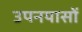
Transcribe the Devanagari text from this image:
उपनयासों